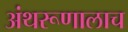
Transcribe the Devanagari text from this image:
अंथरूणालाच